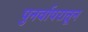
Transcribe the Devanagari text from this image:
पुनर्वापरातून